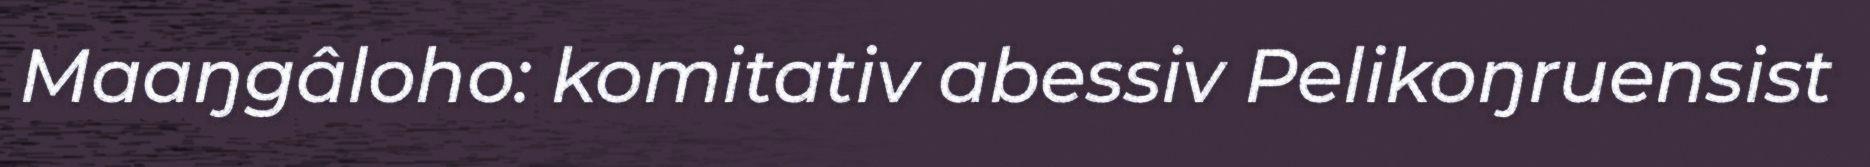
Maaŋgâloho: komitativ abessiv Pelikoŋruensist